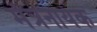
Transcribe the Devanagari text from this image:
मंत्रनायक